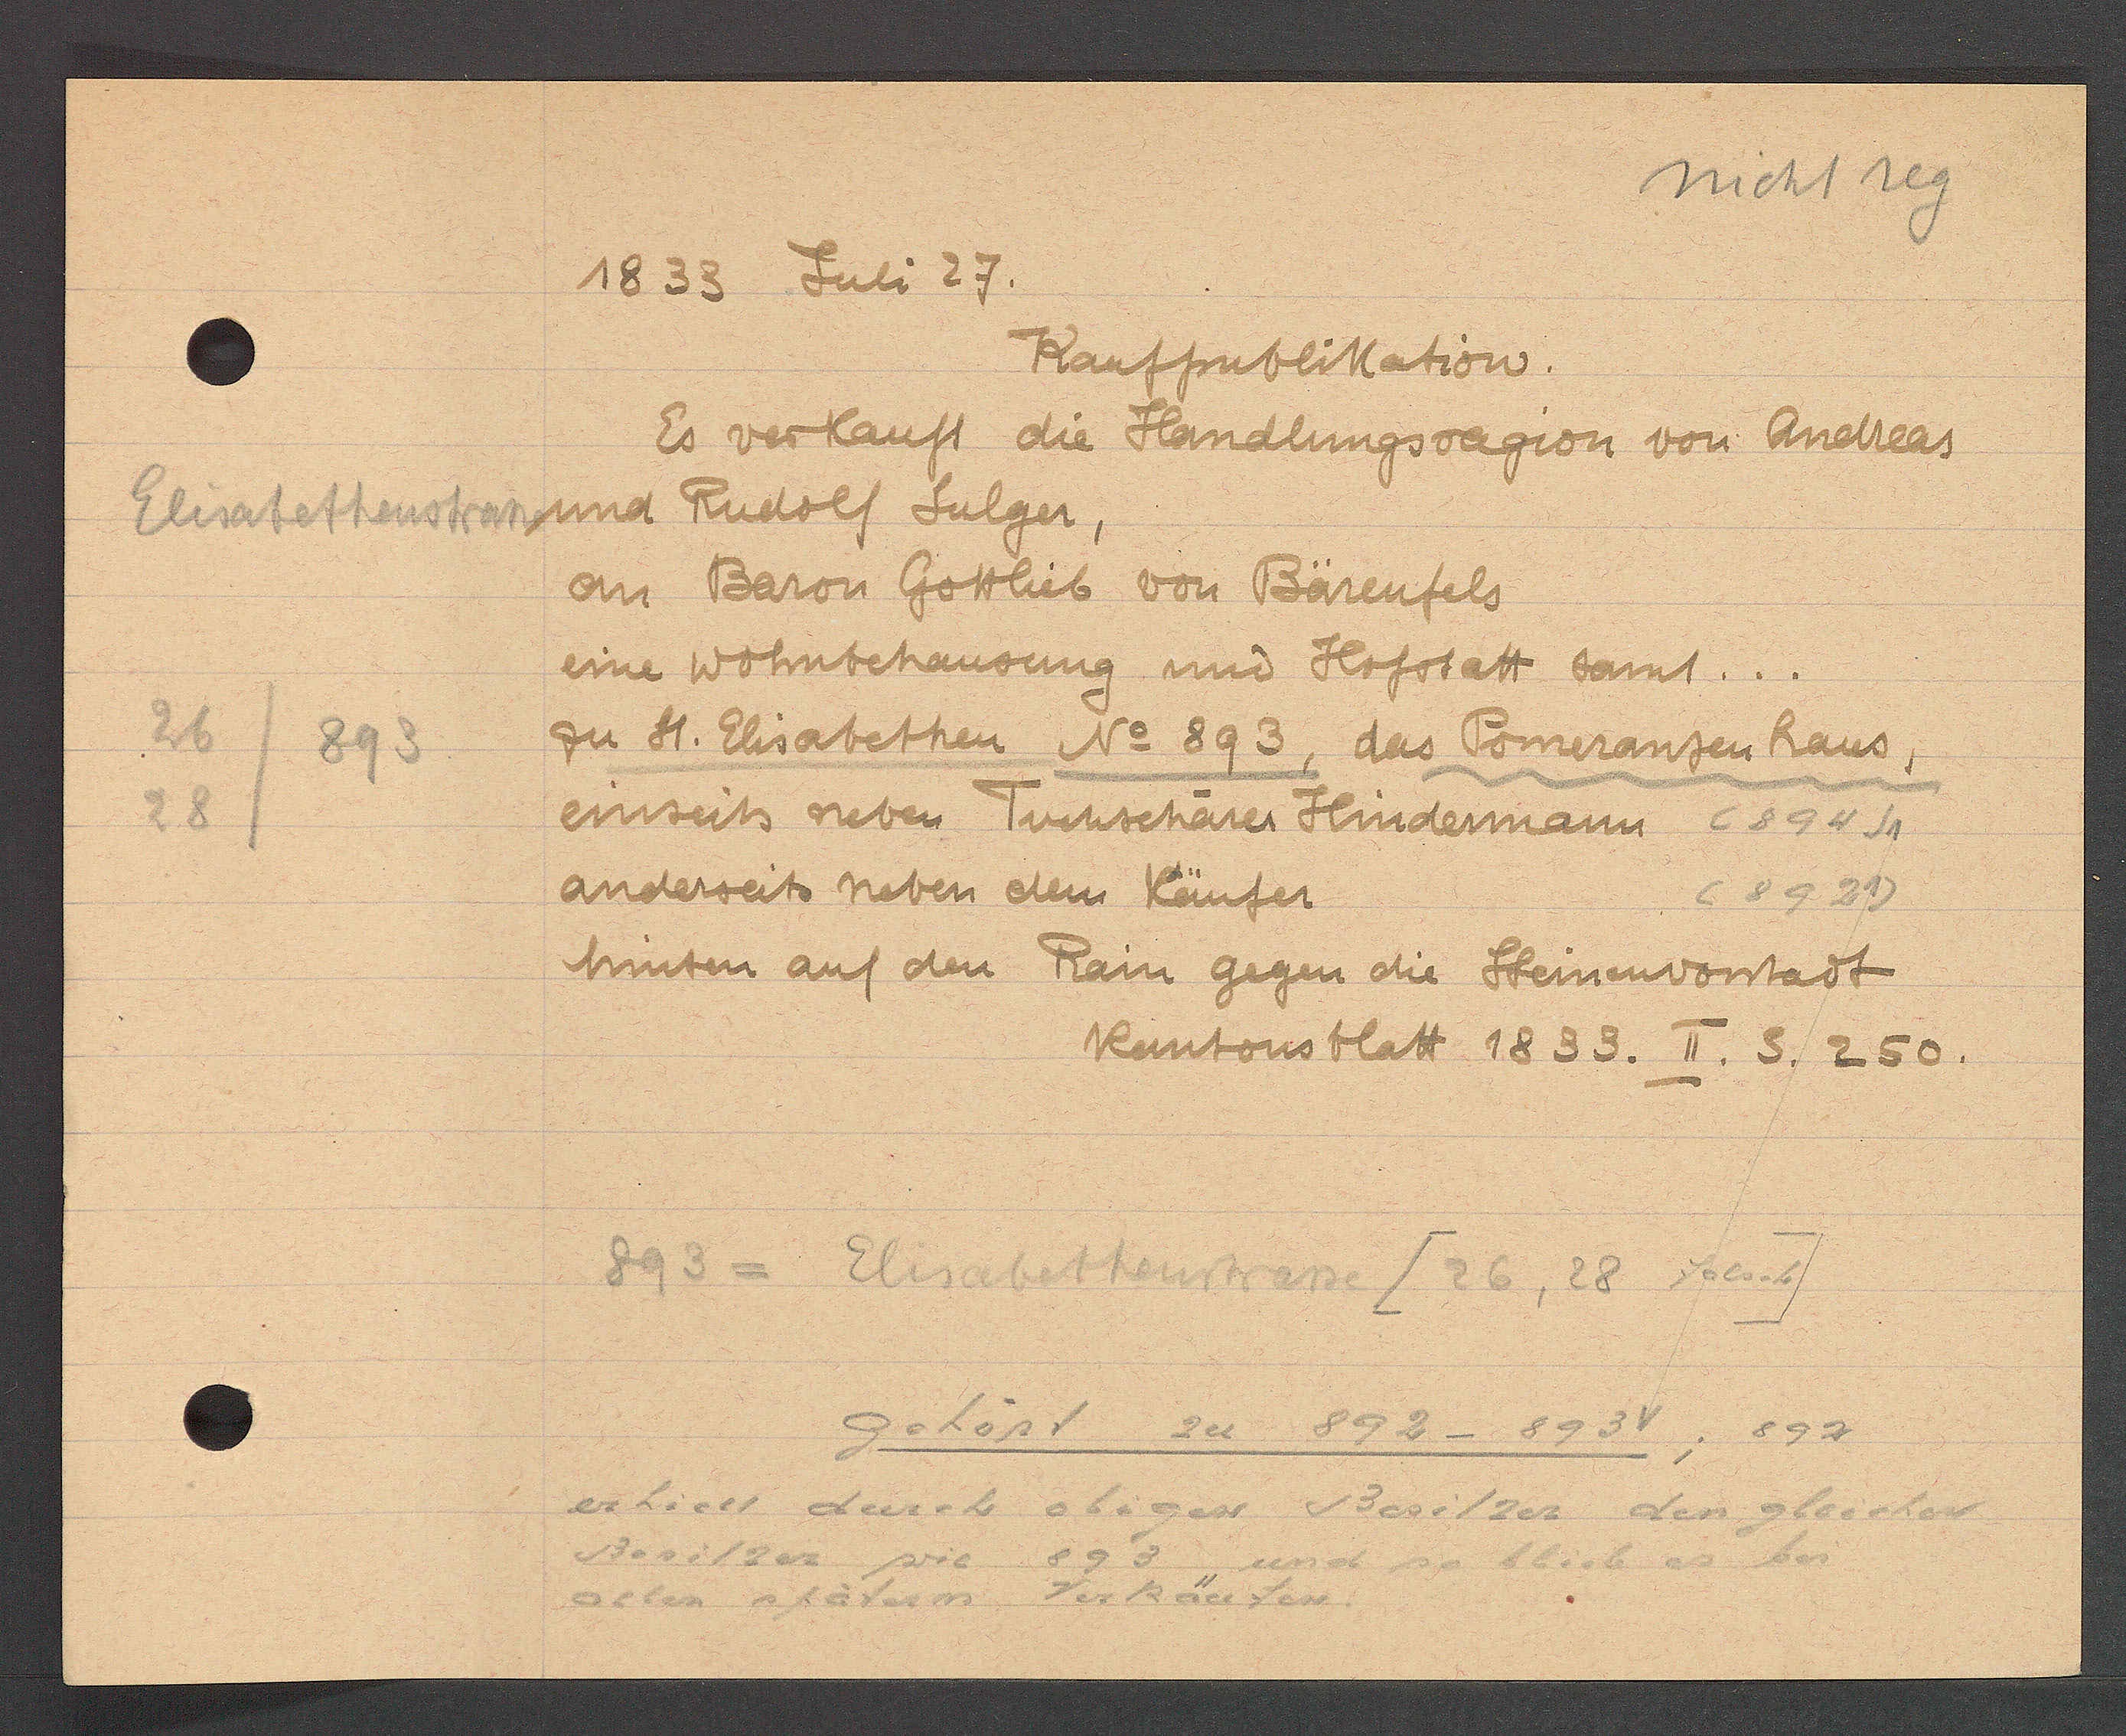
Transcript:
Elisabethenstrasse
26
893
28

1833.
Juli 27.

Kaufpublikation.
Es verkauft die Handlungsragion von Andreas
und Rudolf Sulger,
an Baron Gottlieb von Bärenfels
eine Wohnbehausung und Hofstatt samt.
zu St. Elisabethen No 893, das Pomeranzenhaus,
einseits neben Tuchschärer Hindermann (894)
anderseits neben dem Käufer
(8921)
hinten auf den Rain gegen die Steinenvorstadt

Kantonsblatt 1833. II. S. 250.

893
Elisabethenstrasse [26, 28 falsch]
gehört zu 892 - 893V; 892
erhiert durch obiger Basilzer den gleichen
Basilzer wie
893 und so blieb es bei
allen stätern verkäufer.